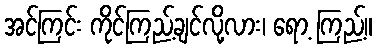
အင်ကြင်း ကိုင်ကြည့်ချင်လို့လား၊ ရော့ ကြည့်။